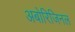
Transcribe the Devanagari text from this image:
अबोरिजिनल